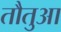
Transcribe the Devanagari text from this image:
तौतुआ